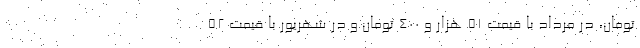
تومان، در مرداد با قیمت ۵۱ هزار و ۴۰۰ تومان و در شهریور با قیمت ۵۲